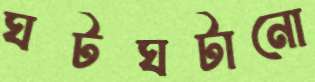
ঘটঘটানো